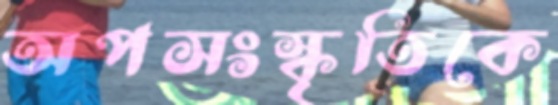
অপসংস্কৃতিকে